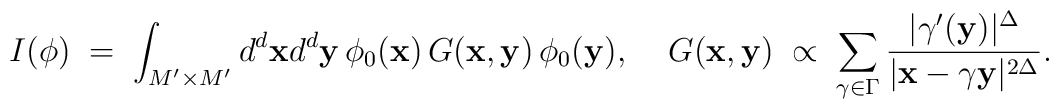
I(\phi)\;=\;\int_{M'\times M'}d^{d}{\bf x}d^{d}{\bf y}\,\phi_{0}({\bf x})\,G({\bf x},{\bf y})\,\phi_{0}({\bf y}),\;\;\;\;G({\bf x},{\bf y})\;\propto\;\sum_{\gamma\in\Gamma}\frac{|\gamma'({\bf y})|^{\Delta}}{|{\bf x}-\gamma{\bf y}|^{2\Delta}}.